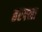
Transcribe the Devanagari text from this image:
हरपला